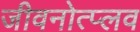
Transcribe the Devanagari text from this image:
जीवनोत्प्लव